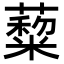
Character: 𦿺